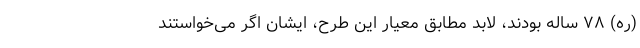
(ره) ۷۸ ساله بودند، لابد مطابق معیار این طرح، ایشان اگر می‌خواستند